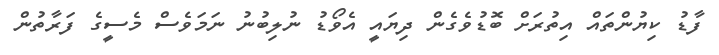
ފާޑު ކިޔުންތައް އިތުރަށް ބޮޑުވެގެން ދިޔައީ އެވޯޑު ނުލިބުނު ނަމަވެސް މެސީގެ ފަރާތުން